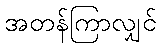
အတန်ကြာလျှင်